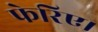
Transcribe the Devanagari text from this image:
फेरिए।